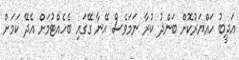
އަދީބު ހައްޔަރުކޮށް ބަންދު ކުރާ ނަމަވެސް އޭނާ ގޭގައި ބެހެއްޓުމަށް އެދޭ ކަމަށް